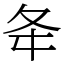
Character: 夅